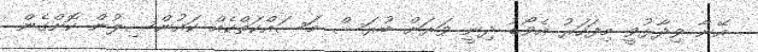
އޭނާ ވިދާޅުވީ މިފަހަރު އެވޯޑު ދިނީ ވަރަށް ބުރަސް މަސައްކަތްކެއް ކައުންސިލުން ކޮށްގެން